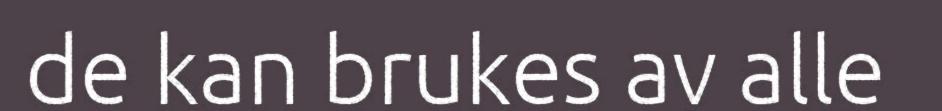
de kan brukes av alle